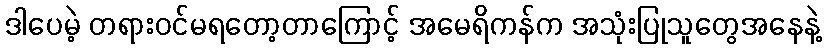
ဒါပေမဲ့ တရားဝင်မရတော့တာကြောင့် အမေရိကန်က အသုံးပြုသူတွေအနေနဲ့